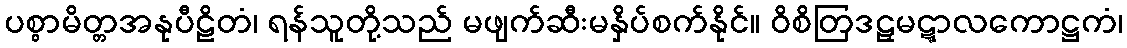
ပစ္စာမိတ္တအနုပီဠိတံ၊ ရန်သူတို့သည် မဖျက်ဆီးမနှိပ်စက်နိုင်။ ဝိစိတြဒဠှမဋ္ဋာလကောဋ္ဌကံ၊